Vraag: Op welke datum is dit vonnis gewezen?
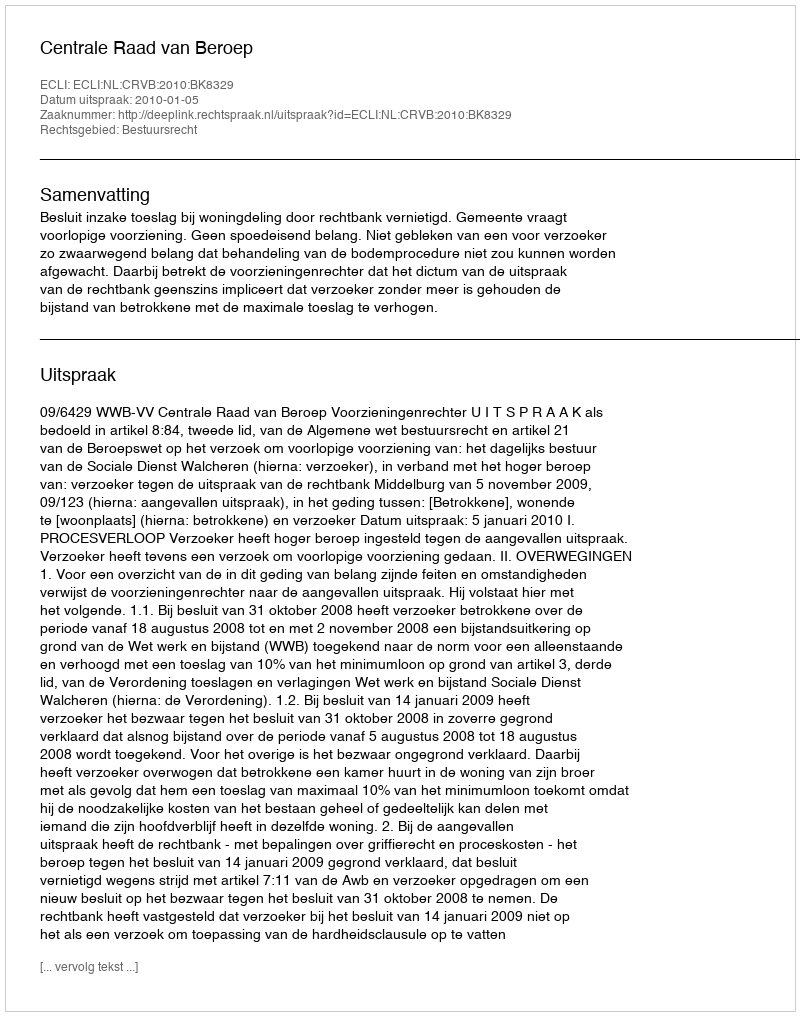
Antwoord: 2010-01-05